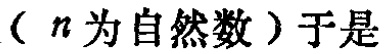
（$n$为自然数）于是